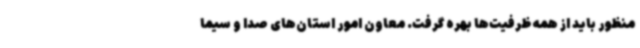
منظور باید از همه ظرفیت‌ها بهره گرفت. معاون امور استان‌های صدا و سیما